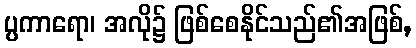
ပ္ပကာရော၊ အလို၌ ဖြစ်စေနိုင်သည်၏အဖြစ်,